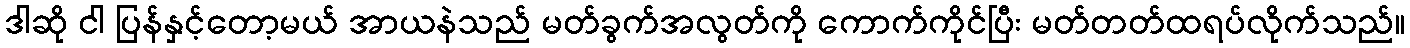
ဒါဆို ငါ ပြန်နှင့်တော့မယ် အာယနဲသည် မတ်ခွက်အလွတ်ကို ကောက်ကိုင်ပြီး မတ်တတ်ထရပ်လိုက်သည်။